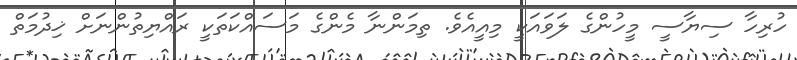
ހުރިހާ ސިޔާސީ މީހުންގެ ލަވައަކީ މިއީއެވެ. ތިމަންނާ މެންގެ މަސައްކަތަކީ ރައްޔިތުންނަށް ޚިދުމަތް